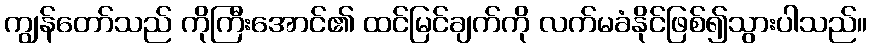
ကျွန်တော်သည် ကိုကြီးအောင်၏ ထင်မြင်ချက်ကို လက်မခံနိုင်ဖြစ်၍သွားပါသည်။